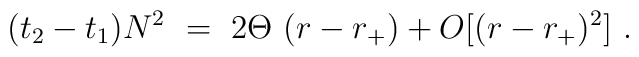
(t_2-t_1) N^2~=~2\Theta~(r-r_+) + O [(r-r_+)^2]~.